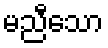
မညီသော